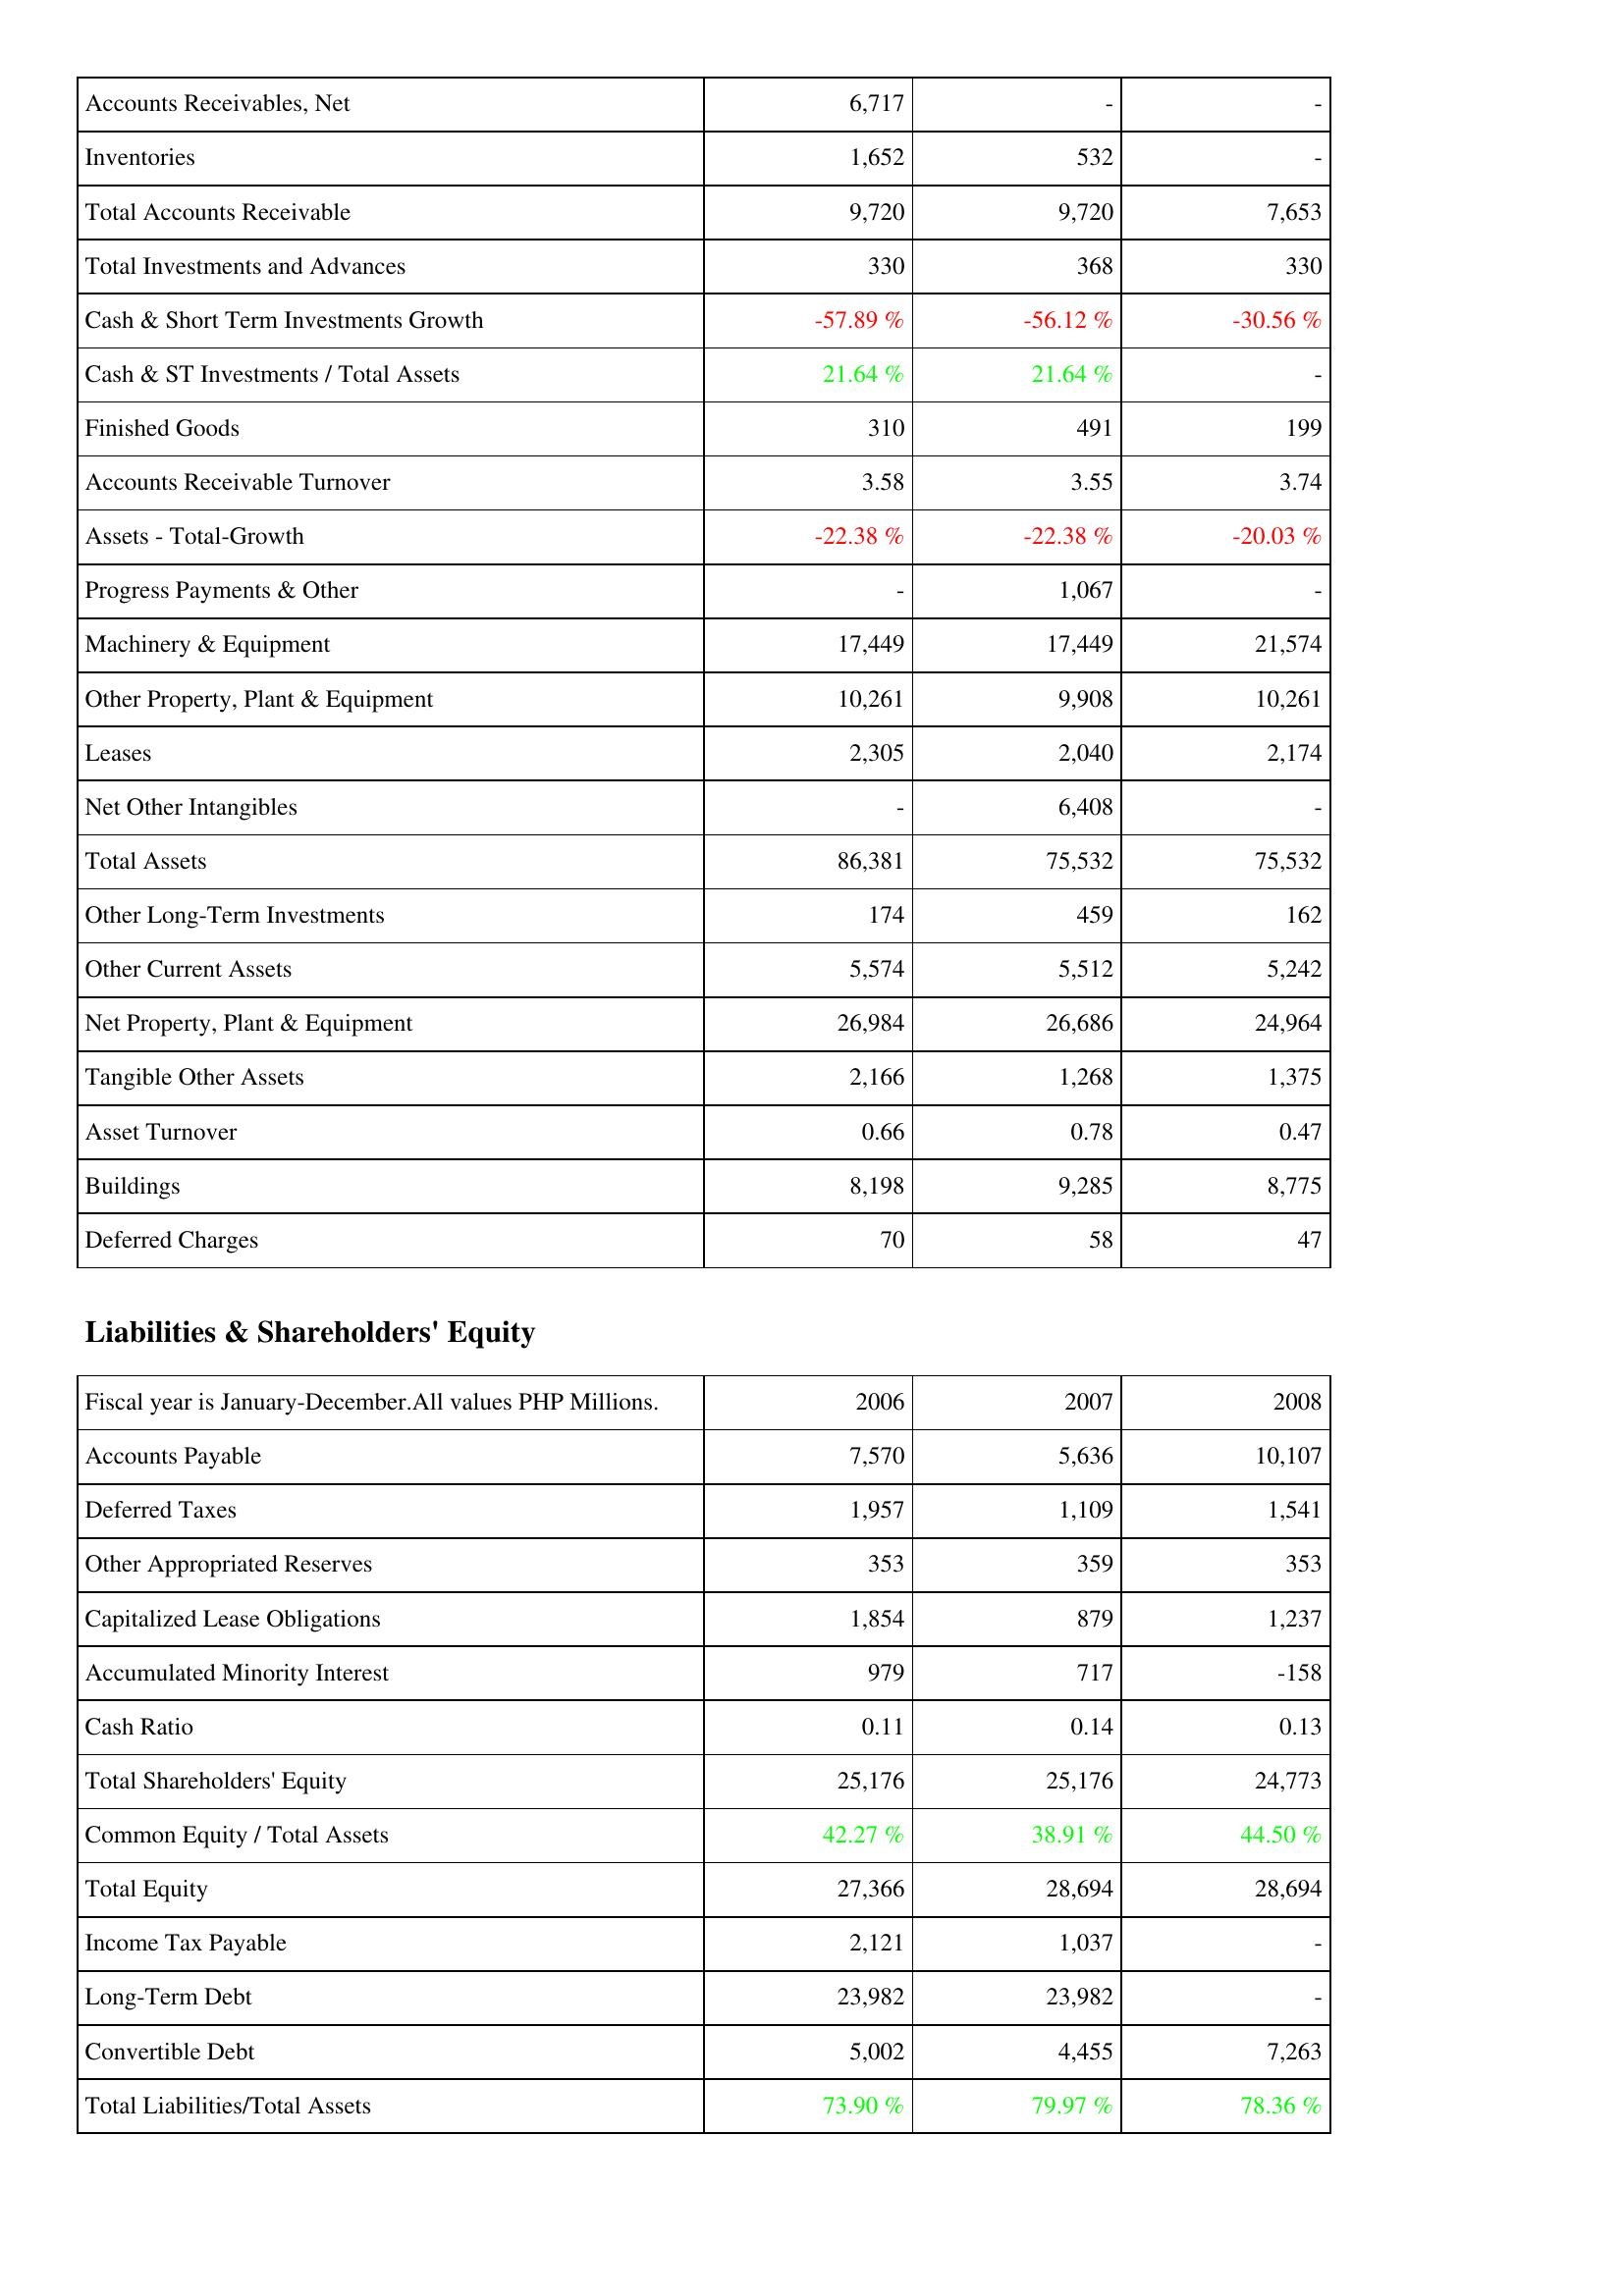
2006: Assets: Accounts Receivables, Net: 6,717
Inventories: 1,652
Total Accounts Receivable: 9,720
Total Investments and Advances: 330
Cash & Short Term Investments Growth: -57.89 %
Cash & ST Investments / Total Assets: 21.64 %
Finished Goods: 310
Accounts Receivable Turnover: 3.58
Assets - Total-Growth: -22.38 %
Progress Payments & Other: -
Machinery & Equipment: 17,449
Other Property, Plant & Equipment: 10,261
Leases: 2,305
Net Other Intangibles: -
Total Assets: 86,381
Other Long-Term Investments: 174
Other Current Assets: 5,574
Net Property, Plant & Equipment: 26,984
Tangible Other Assets: 2,166
Asset Turnover: 0.66
Buildings: 8,198
Deferred Charges: 70
Liabilities & Shareholders' Equity: Accounts Payable: 7,570
Deferred Taxes: 1,957
Other Appropriated Reserves: 353
Capitalized Lease Obligations: 1,854
Accumulated Minority Interest: 979
Cash Ratio: 0.11
Total Shareholders' Equity: 25,176
Common Equity / Total Assets: 42.27 %
Total Equity: 27,366
Income Tax Payable: 2,121
Long-Term Debt: 23,982
Convertible Debt: 5,002
Total Liabilities/Total Assets: 73.90 %
2007: Assets: Accounts Receivables, Net: -
Inventories: 532
Total Accounts Receivable: 9,720
Total Investments and Advances: 368
Cash & Short Term Investments Growth: -56.12 %
Cash & ST Investments / Total Assets: 21.64 %
Finished Goods: 491
Accounts Receivable Turnover: 3.55
Assets - Total-Growth: -22.38 %
Progress Payments & Other: 1,067
Machinery & Equipment: 17,449
Other Property, Plant & Equipment: 9,908
Leases: 2,040
Net Other Intangibles: 6,408
Total Assets: 75,532
Other Long-Term Investments: 459
Other Current Assets: 5,512
Net Property, Plant & Equipment: 26,686
Tangible Other Assets: 1,268
Asset Turnover: 0.78
Buildings: 9,285
Deferred Charges: 58
Liabilities & Shareholders' Equity: Accounts Payable: 5,636
Deferred Taxes: 1,109
Other Appropriated Reserves: 359
Capitalized Lease Obligations: 879
Accumulated Minority Interest: 717
Cash Ratio: 0.14
Total Shareholders' Equity: 25,176
Common Equity / Total Assets: 38.91 %
Total Equity: 28,694
Income Tax Payable: 1,037
Long-Term Debt: 23,982
Convertible Debt: 4,455
Total Liabilities/Total Assets: 79.97 %
2008: Assets: Accounts Receivables, Net: -
Inventories: -
Total Accounts Receivable: 7,653
Total Investments and Advances: 330
Cash & Short Term Investments Growth: -30.56 %
Cash & ST Investments / Total Assets: -
Finished Goods: 199
Accounts Receivable Turnover: 3.74
Assets - Total-Growth: -20.03 %
Progress Payments & Other: -
Machinery & Equipment: 21,574
Other Property, Plant & Equipment: 10,261
Leases: 2,174
Net Other Intangibles: -
Total Assets: 75,532
Other Long-Term Investments: 162
Other Current Assets: 5,242
Net Property, Plant & Equipment: 24,964
Tangible Other Assets: 1,375
Asset Turnover: 0.47
Buildings: 8,775
Deferred Charges: 47
Liabilities & Shareholders' Equity: Accounts Payable: 10,107
Deferred Taxes: 1,541
Other Appropriated Reserves: 353
Capitalized Lease Obligations: 1,237
Accumulated Minority Interest: -158
Cash Ratio: 0.13
Total Shareholders' Equity: 24,773
Common Equity / Total Assets: 44.50 %
Total Equity: 28,694
Income Tax Payable: -
Long-Term Debt: -
Convertible Debt: 7,263
Total Liabilities/Total Assets: 78.36 %